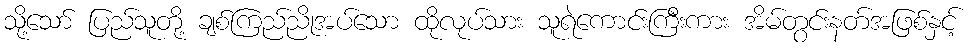
သို့သော် ပြည်သူတို့ ချစ်ကြည်ညိုအပ်သော ထိုလုပ်သား သူရဲကောင်းကြီးကား အိမ်တွင်းနတ်အဖြစ်နှင့်